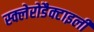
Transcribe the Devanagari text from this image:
स्क्लेरोडैक्टाइली